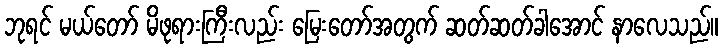
ဘုရင် မယ်တော် မိဖုရားကြီးလည်း မြေးတော်အတွက် ဆတ်ဆတ်ခါအောင် နာလေသည်။